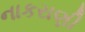
નાકરાણી